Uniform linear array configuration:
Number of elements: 32
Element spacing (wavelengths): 1
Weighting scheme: cosine
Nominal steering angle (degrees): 45
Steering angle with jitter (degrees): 45.852
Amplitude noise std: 0.05
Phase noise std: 0.05

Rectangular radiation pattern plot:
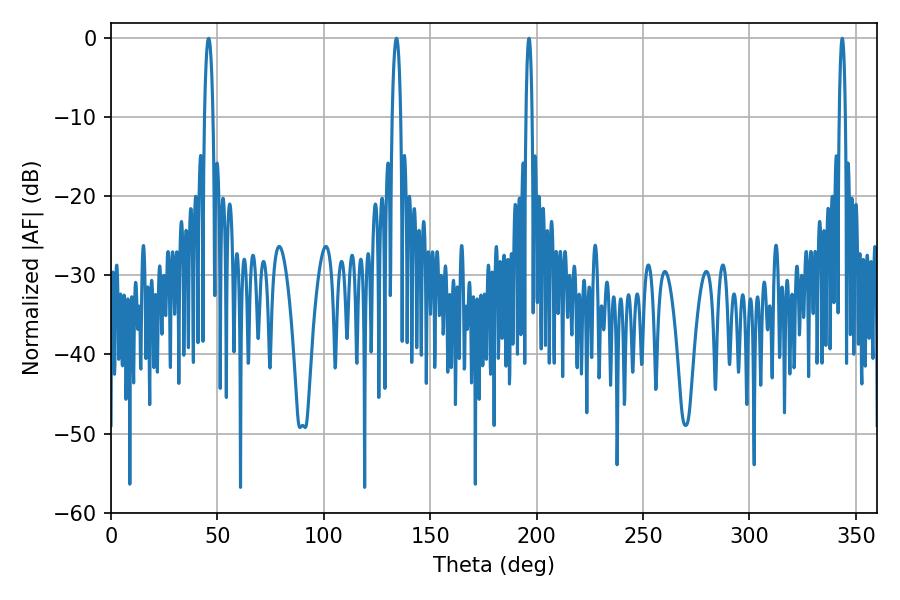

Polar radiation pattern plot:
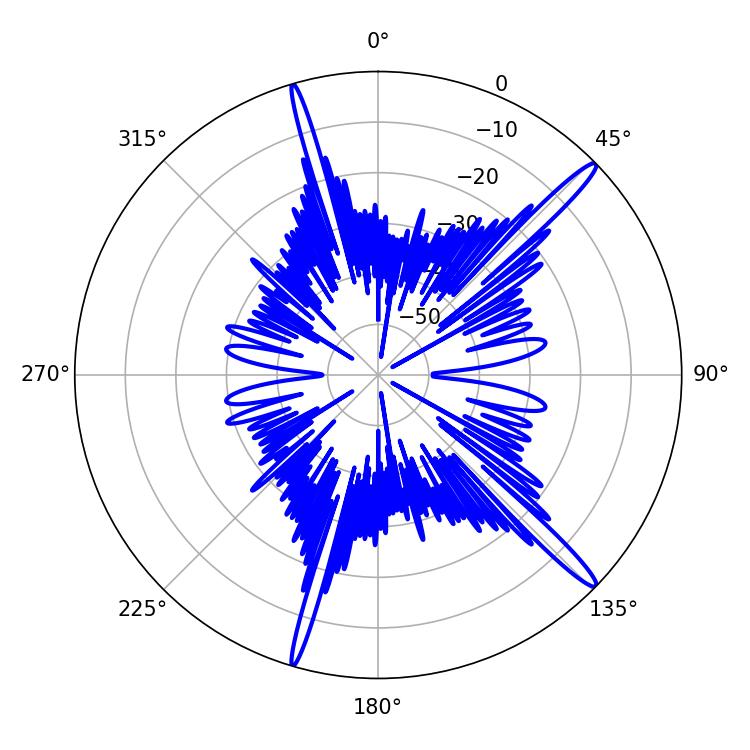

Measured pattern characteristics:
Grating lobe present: TRUE
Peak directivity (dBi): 16.373
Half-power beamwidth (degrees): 1.44
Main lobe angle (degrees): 196.38